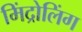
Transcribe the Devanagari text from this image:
मिंद्रोलिंग